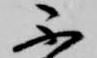
不